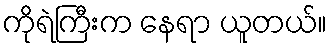
ကိုရဲကြီးက နေရာ ယူတယ်။